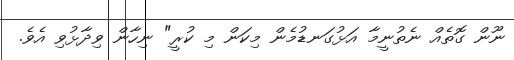
ނޫން ގޮތެއް ނެތުނީމާ އަޅުގަނޑުމެން މިކަން މި ކުރީ" ނިހާން ވިދާޅުވި އެވެ.